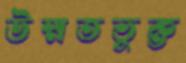
উম্মতভুক্ত